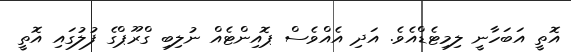
އޮތީ އަބަހާނީ ލިމިޓެޑްއެވެ. އަދި އެއްވެސް ޕޮއިންޓެއް ނުލިބި ގްރޫޕްގެ ފުލުގައި އޮތީ